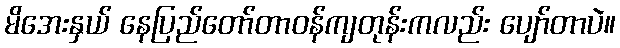
မိအေးနှယ် နေပြည်တော်တာဝန်ကျတုန်းကလည်း ပျော်တာပဲ။